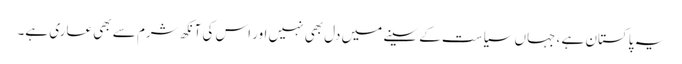
یہ پاکستان ہے ، جہاں سیاست کے سینے میں دل بھی نہیں اور اس کی آنکھ شرم سے بھی عاری ہے۔